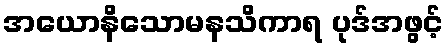
အယောနိသောမနသိကာရ ပုဒ်အဖွင့်